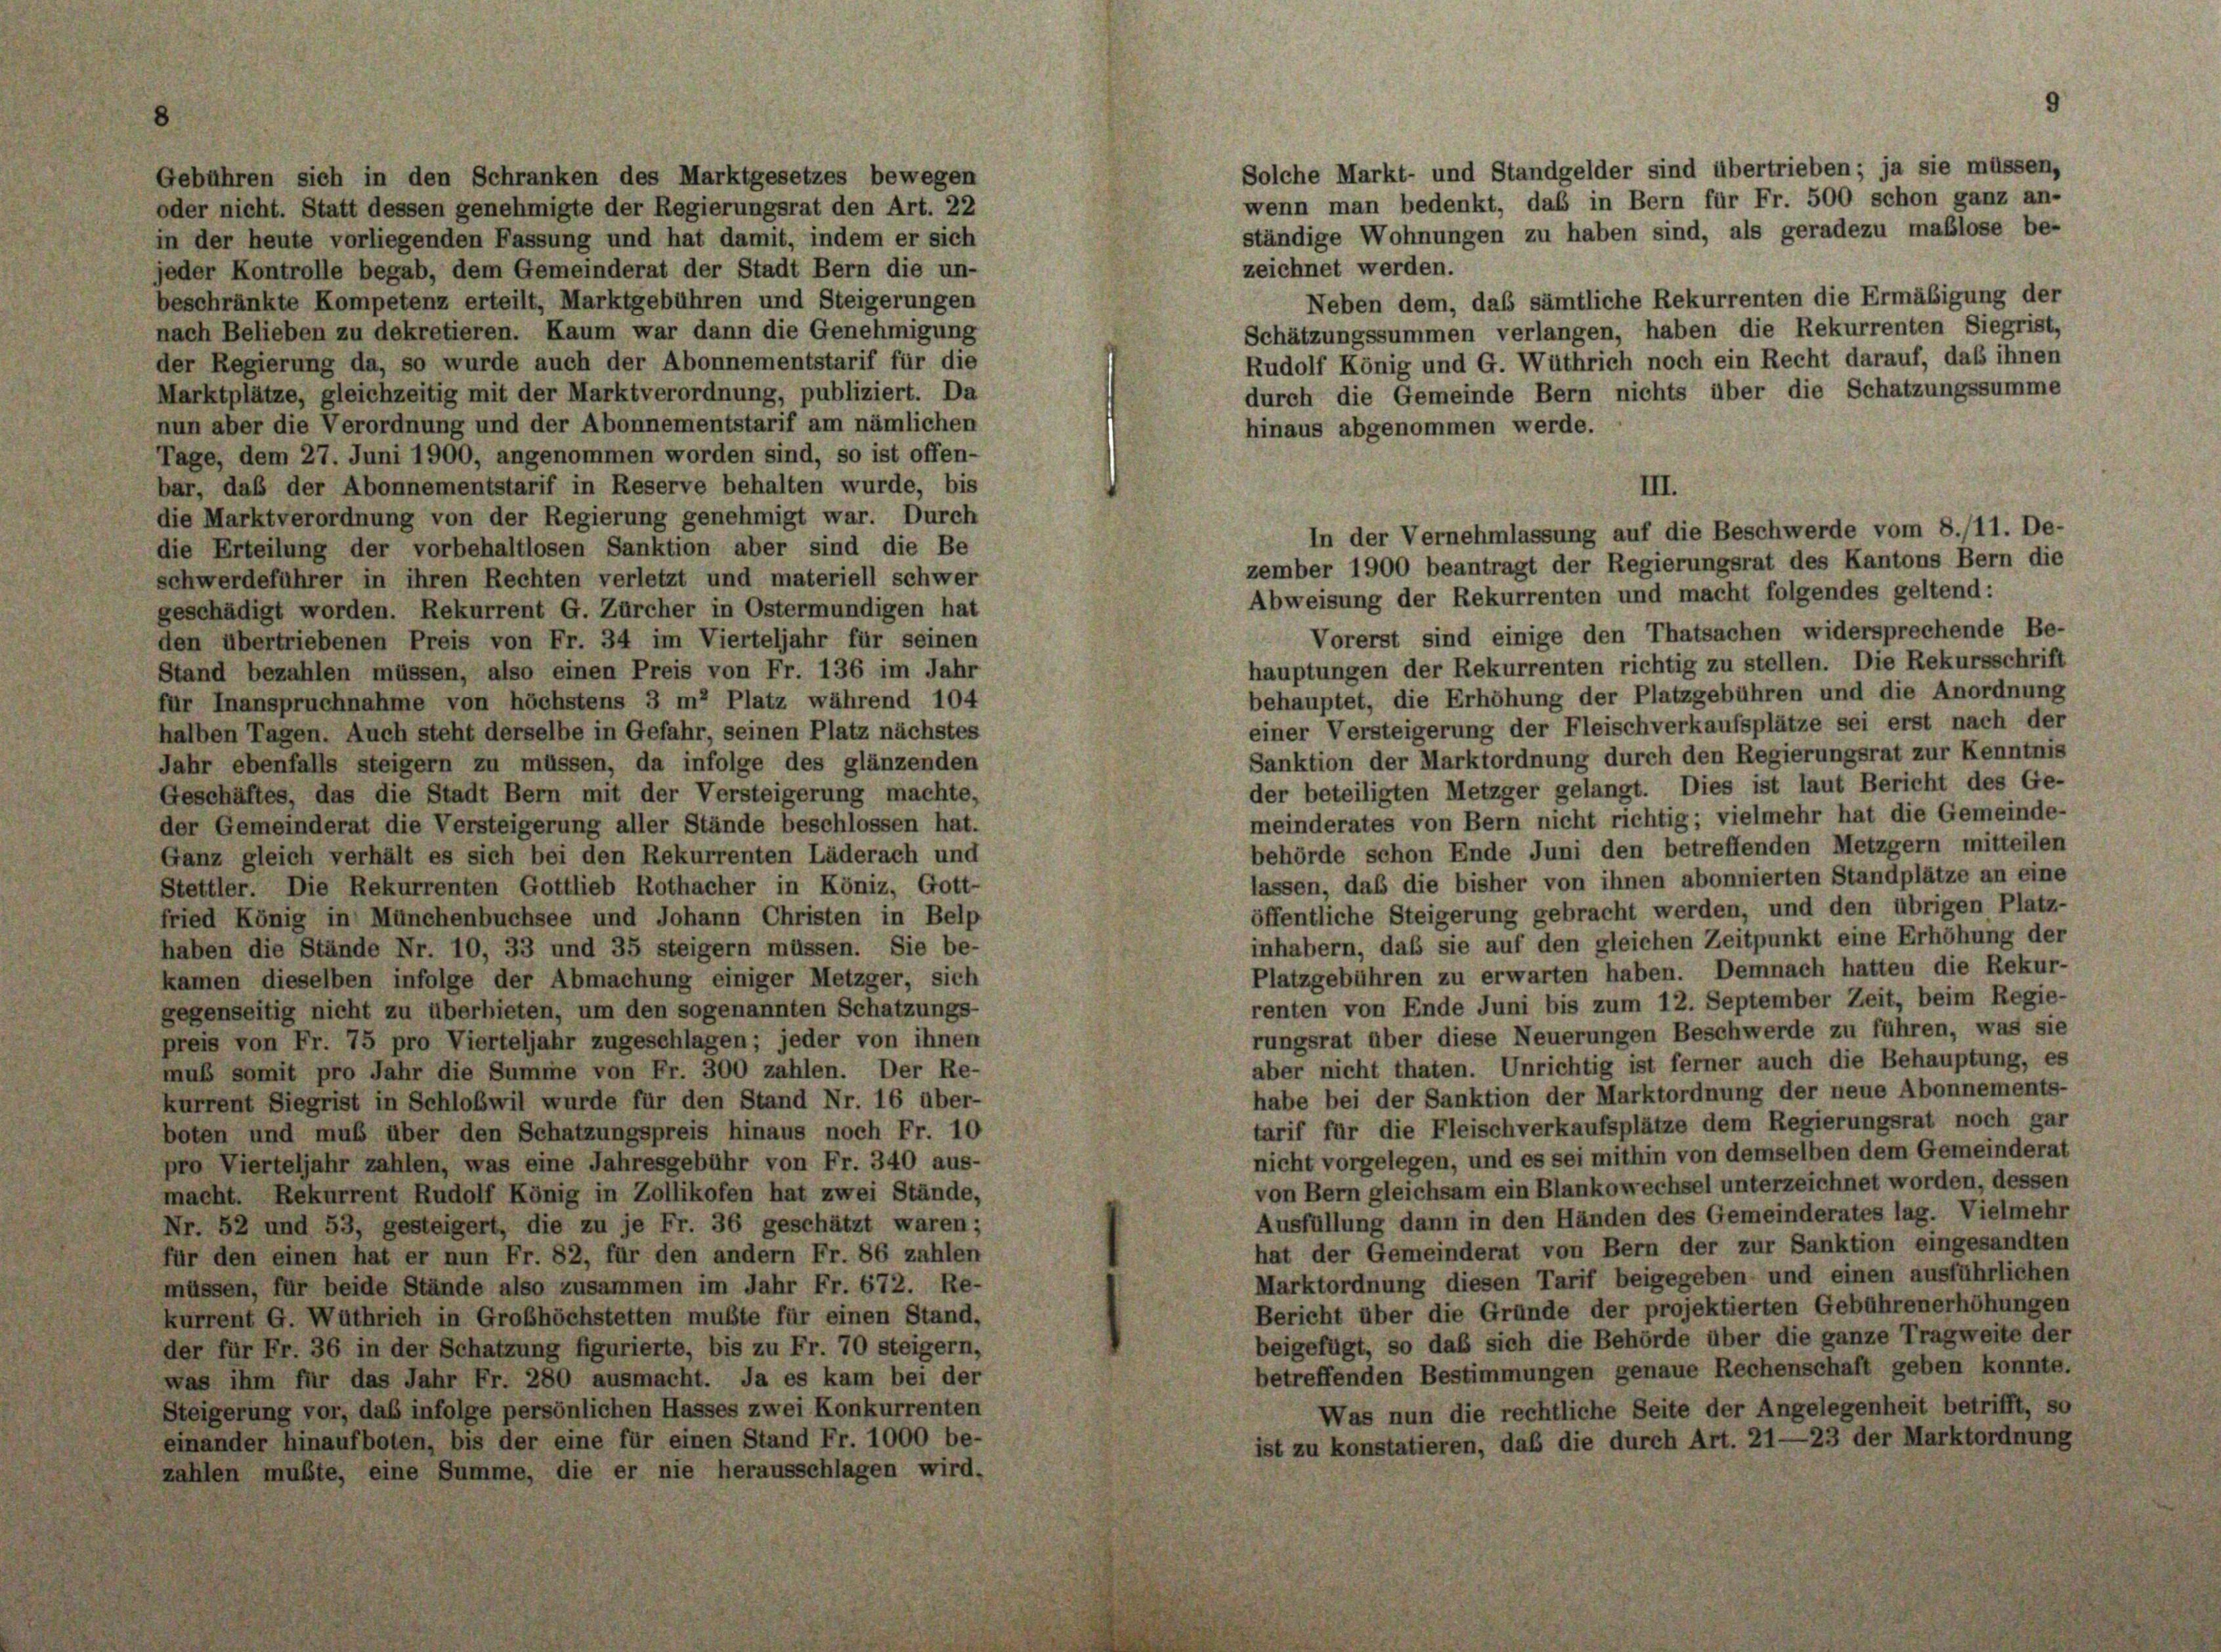
Solche Markt- und Standgelder sind übertrieben; ja sie müssen,
Gebühren sich in den Schranken des Marktgesetzes bewegen
wenn man bedenkt, daß in Bern für Fr. 500 schon ganz an-
oder nicht. Statt dessen genehmigte der Regierungsrat den Art. 22
ständige Wohnungen zu haben sind, als geradezu maßlose be-
in der heute vorliegenden Fassung und hat damit, indem er sich
zeichnet werden.
jeder Kontrolle begab, dem Gemeinderat der Stadt Bern die un-
Neben dem, daß sämtliche Rekurrenten die Ermäßigung der
beschränkte Kompetenz erteilt, Marktgebühren und Steigerungen
Schätzungssummen verlangen, haben die Rekurrenten Siegrist,
nach Belieben zu dekretieren. Kaum war dann die Genehmigung
Rudolf König und G. Wüthrich noch ein Recht darauf, das ihnen
der Regierung da, so wurde auch der Abonnementstarif für die
durch die Gemeinde Bern nichts über die Schatzungssumme
Marktplätze, gleichzeitig mit der Marktverordnung, publiziert. Da
nun aber die Verordnung und der Abonnementstarif am nämlichen
hinaus abgenommen werde.
Tage, dem 27. Juni 1900, angenommen worden sind, so ist offen-
bar, daß der Abonnementstarif in Reserve behalten wurde, bis
die Marktverordnung von der Regierung genehmigt war. Durch
die Erteilung der vorbehaltlosen Sanktion aber sind die Be
zember 1900 beantragt der Regierungsrat des Kantons Bern die
schwerdeführer in ihren Rechten verletzt und materiell schwer
Abweisung der Rekurrenten und macht folgendes geltend:
geschädigt worden. Rekurrent G. Zürcher in Ostermundigen hat
Vorerst sind einige den Thatsachen widersprechende Be-
den übertriebenen Preis von Fr. 34 im Vierteljahr für seinen
hauptungen der Rekurrenten richtig zu stellen. Die Rekursschrift
Stand bezahlen müssen, also einen Preis von Fr. 136 im Jahr
behauptet, die Erhöhung der Platzgebühren und die Anordnung
für Inanspruchnahme von höchstens 3 m Platz während 104
einer Versteigerung der Fleischverkaufsplätze sei erst nach der
halben Tagen. Auch steht derselbe in Gefahr, seinen Platz nächstes
Sanktion der Marktordnung durch den Regierungsrat zur Kenntnis
Jahr ebenfalls steigern zu müssen, da infolge des glänzenden
der beteiligten Metzger gelangt. Dies ist laut Bericht des Ge-
Geschäftes, das die Stadt Bern mit der Versteigerung machte,
meinderates von Bern nicht richtig; vielmehr hat die Gemeinde-
der Gemeinderat die Versteigerung aller Stände beschlossen hat.
behörde schon Ende Juni den betreffenden Metzgern mitteilen
Ganz gleich verhält es sich bei den Rekurrenten Läderach und
lassen, daß die bisher von ihnen abonnierten Standplätze an eine
Stettler. Die Rekurrenten Gottlieb Rothacher in Köniz, Gott-
öffentliche Steigerung gebracht werden, und den übrigen Platz-
fried König in Münchenbuchsee und Johann Christen in Belp
inhabern, daß sie auf den gleichen Zeitpunkt eine Erhöhung der
haben die Stände Nr. 10, 33 und 35 steigern müssen. Sie be-
Platzgebühren zu erwarten haben. Demnach hatten die Rekur-
kamen dieselben infolge der Abmachung einiger Metzger, sich
renten von Ende Juni bis zum 12. September Zeit, beim Regie-
gegenseitig nicht zu überbieten, um den sogenannten Schatzungs-
rungsrat über diese Neuerungen Beschwerde zu führen, was sie
preis von Fr. 75 pro Vierteljahr zugeschlagen; jeder von ihnen
aber nicht thaten. Unrichtig ist ferner auch die Behauptung, es
muß somit pro Jahr die Summe von Fr. 300 zahlen. Der Re-
habe bei der Sanktion der Marktordnung der neue Abonnements-
kurrent Siegrist in Schloßwil wurde für den Stand Nr. 16 über-
tarif für die Fleisch verkaufsplätze dem Regierungsrat noch gar
boten und muß über den Schatzungspreis hinaus noch Fr. 10
nicht vorgelegen, und es sei mithin von demselben dem Gemeinderat
pro Vierteljahr zahlen, was eine Jahresgebühr von Fr. 340 aus-
von Bern gleichsam ein Blankowechsel unterzeichnet worden, dessen
macht. Rekurrent Rudolf König in Zollikofen hat zwei Stände,
Ausfüllung dann in den Händen des Gemeinderates lag. Vielmehr
Nr. 52 und 53, gesteigert, die zu je Fr. 36 geschätzt waren;
hat der Gemeinderat von Bern der zur Sanktion eingesandten
für den einen hat er nun Fr. 82, für den andern Fr. 86 zahlen
Marktordnung diesen Tarif beigegeben und einen ausführlichen
müssen, für beide Stände also zusammen im Jahr Fr. 672. Re-
Bericht über die Gründe der projektierten Gebührenerhöhungen
kurrent G. Wüthrich in Grobhöchstetten mußte für einen Stand,
beigefügt, so daß sich die Behörde über die ganze Tragweite der
der für Fr. 36 in der Schatzung figurierte, bis zu Fr. 70 steigern,
betreffenden Bestimmungen genaue Rechenschaft geben konnte.
was ihm für das Jahr Fr. 280 ausmacht. Ja es kam bei der
Steigerung vor, daß infolge persönlichen Hasses zwei Konkurrenten
Was nun die rechtliche Seite der Angelegenheit betrifft, so
einander hinaufboten, bis der eine für einen Stand Fr. 1000 be-
ist zu konstatieren, daß die durch Art. 21—23 der Marktordnung
zahlen mußte, eine Summe, die er nie herausschlagen wird.

III.
In der Vernehmlassung auf die Beschwerde vom 8./11. De-